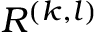
R ^ { ( k , l ) }